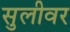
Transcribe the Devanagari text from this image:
सुलीवर